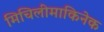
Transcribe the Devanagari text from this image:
मिचिलीमाकिनेक